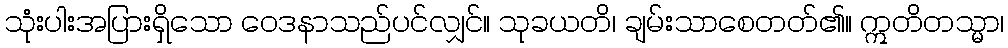
သုံးပါးအပြားရှိသော ဝေဒနာသည်ပင်လျှင်။ သုခယတိ၊ ချမ်းသာစေတတ်၏။ ဣတိတသ္မာ၊